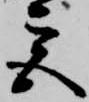
宮